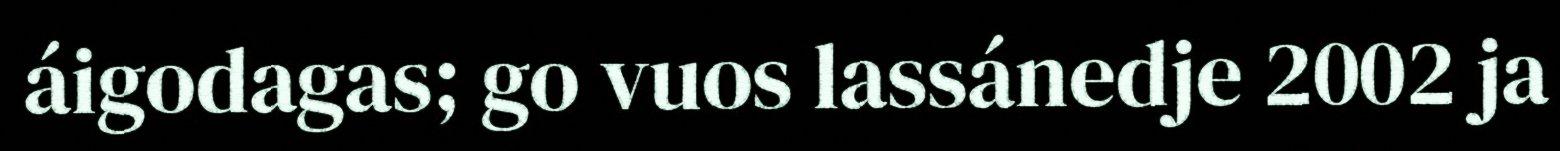
áigodagas; go vuos lassánedje 2002 ja